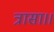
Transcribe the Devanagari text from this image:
त्रासा।।